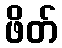
ဖိတ်